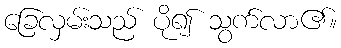
ခြေလှမ်းသည် ပို၍ သွက်လာ၏။